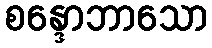
စန္ဒောဘာသော